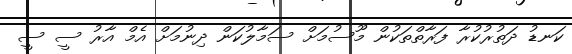
ކަނޑު ދަތުރުކުރާ ފަރާތްތަކުން މޫސުމަށް ސަމާލުކަން ދިނުމަށް އެމް އާރު ސީ ސީ